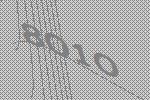
8010